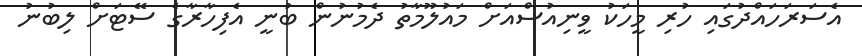
އެސަރަހައްދުގައި ހުރި މީހަކު ވީނިއުސްއަށް މައުލޫމާތު ދެމުނުން ބުނީ އެފިހާރާގެ ސޭޓަށް ލިބުނު